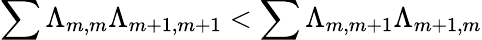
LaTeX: \sum\Lambda_{m,m}\Lambda_{m+1,m+1}<\sum\Lambda_{m,m+1}\Lambda_{m+1,m}